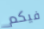
فيكم